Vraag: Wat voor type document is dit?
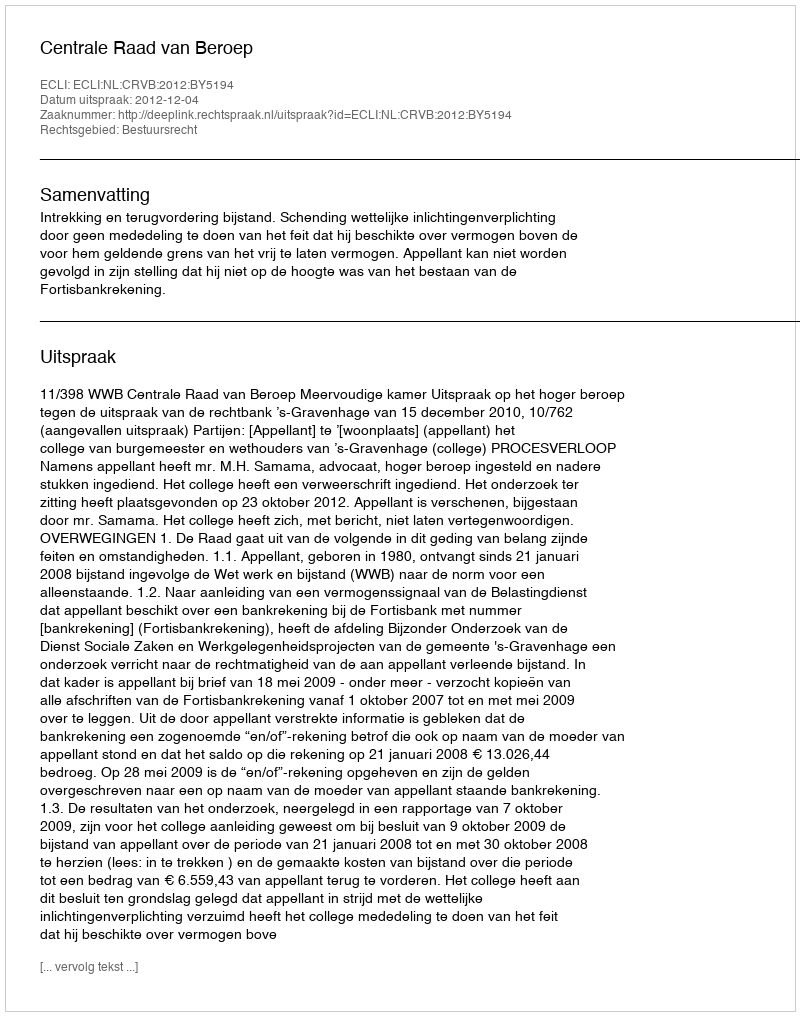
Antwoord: Uitspraak